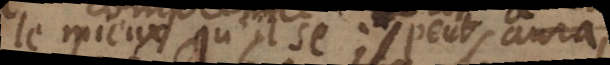
le mieux qu’il se peut il aura